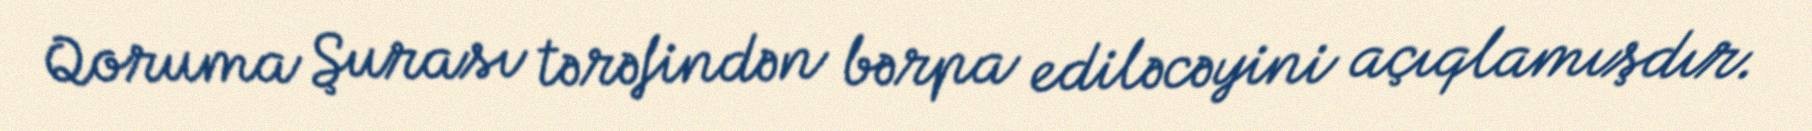
Qoruma Şurası tərəfindən bərpa ediləcəyini açıqlamışdır.